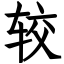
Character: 较